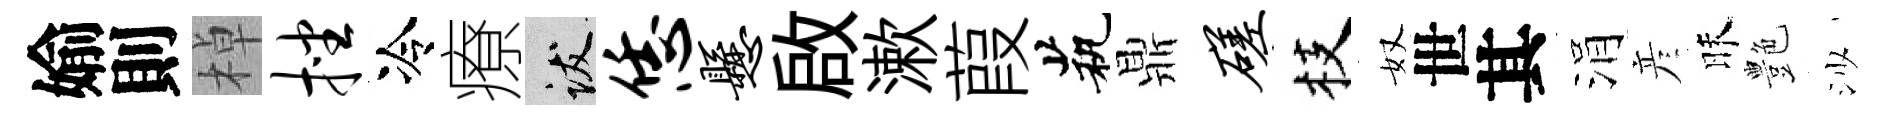
媮則棹挫冷療跋恁悬啟漱葭茕鼎磋枝奴世其涓彦昧艶沙